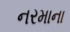
નરમાના